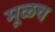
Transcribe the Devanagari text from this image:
मूळच